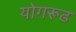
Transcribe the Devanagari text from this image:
योगरूढ